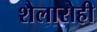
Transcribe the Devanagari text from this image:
शैलारोही